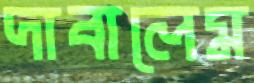
দাবালেম